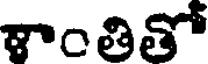
శాంతితో